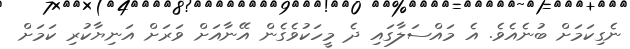
ނެގިކަމަށް ބުނެއެވެ. އެ މައްސަލާގައި ދެ މީހަކުވެގެން އޭނާއަށް ވަރަށް އަނިޔާކުރި ކަމަށް